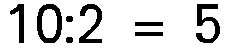
10:2 = 5